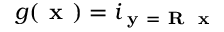
g ( \textbf { x } ) = i _ { \textbf { y } = \textbf { R } \textbf { x } }